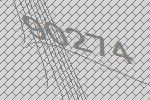
90274